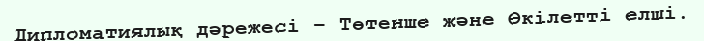
Дипломатиялық дәрежесі – Төтенше және Өкілетті елші.